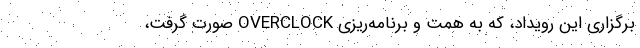
برگزاری این رویداد، که به همت و برنامه‌ریزی OVERCLOCK صورت گرفت،